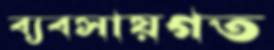
ব্যবসায়গত